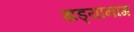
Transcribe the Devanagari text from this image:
खड्यानाग